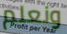
ونعلم